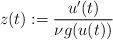
LaTeX: \begin{align*}z(t):=\dfrac{u'(t)}{\nu g(u(t))}\end{align*}